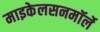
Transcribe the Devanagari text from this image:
माइकेलसनमॉर्ले